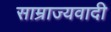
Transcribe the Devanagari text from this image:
साम्राज्‍यवादी